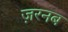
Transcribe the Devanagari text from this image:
ज़रनब